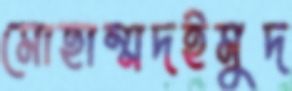
মোহাম্মদইমুদ